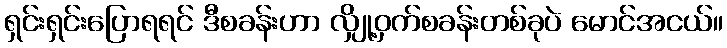
ရှင်းရှင်းပြောရရင် ဒီစခန်းဟာ လျှို့ဝှက်စခန်းတစ်ခုပဲ မောင်အငယ်။